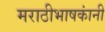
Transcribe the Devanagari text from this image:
मराठीभाषकांनी